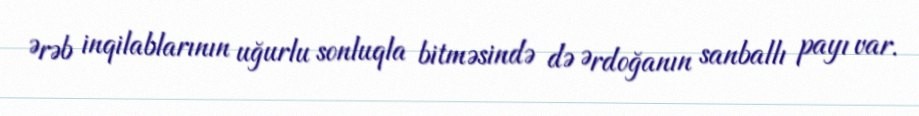
Ərəb inqilablarının uğurlu sonluqla bitməsində də Ərdoğanın sanballı payı var.